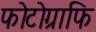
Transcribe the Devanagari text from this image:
फोटोग्राफि